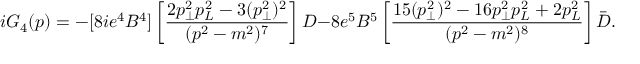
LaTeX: i { \cal G } _ { 4 } ( p ) = - [ 8 i e ^ { 4 } B ^ { 4 } ] \left[ { \frac { 2 p _ { \bot } ^ { 2 } p _ { L } ^ { 2 } - 3 ( p _ { \bot } ^ { 2 } ) ^ { 2 } } { ( p ^ { 2 } - m ^ { 2 } ) ^ { 7 } } } \right] D - 8 e ^ { 5 } B ^ { 5 } \left[ { \frac { 1 5 ( p _ { \bot } ^ { 2 } ) ^ { 2 } - 1 6 p _ { \bot } ^ { 2 } p _ { L } ^ { 2 } + 2 p _ { L } ^ { 2 } } { ( p ^ { 2 } - m ^ { 2 } ) ^ { 8 } } } \right] \bar { D } .